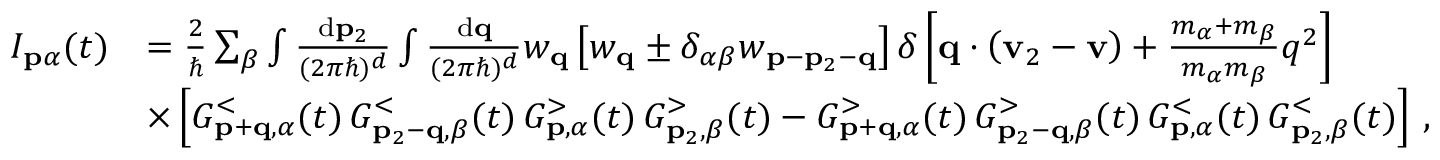
\begin{array} { r l } { I _ { \mathbf { p } \alpha } ( t ) } & { = \frac { 2 } { \hbar } \sum _ { \beta } \int \frac { \mathrm { d } \mathbf { p } _ { 2 } } { ( 2 \pi \hbar ) ^ { d } } \int \frac { \mathrm { d } \mathbf { q } } { ( 2 \pi \hbar ) ^ { d } } w _ { \mathbf { q } } \left[ w _ { \mathbf { q } } \pm \delta _ { \alpha \beta } w _ { \mathbf { p } - \mathbf { p } _ { 2 } - \mathbf { q } } \right] \delta \left[ \mathbf { q } \cdot \left( \mathbf { v } _ { 2 } - \mathbf { v } \right) + \frac { m _ { \alpha } + m _ { \beta } } { m _ { \alpha } m _ { \beta } } q ^ { 2 } \right] } \\ & { \times \left[ G _ { \mathbf { p } + \mathbf { q } , \alpha } ^ { < } ( t ) \, G _ { \mathbf { p } _ { 2 } - \mathbf { q } , \beta } ^ { < } ( t ) \, G _ { \mathbf { p } , \alpha } ^ { > } ( t ) \, G _ { \mathbf { p } _ { 2 } , \beta } ^ { > } ( t ) - G _ { \mathbf { p } + \mathbf { q } , \alpha } ^ { > } ( t ) \, G _ { \mathbf { p } _ { 2 } - \mathbf { q } , \beta } ^ { > } ( t ) \, G _ { \mathbf { p } , \alpha } ^ { < } ( t ) \, G _ { \mathbf { p } _ { 2 } , \beta } ^ { < } ( t ) \right] \, , } \end{array}